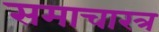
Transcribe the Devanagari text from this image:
समाचारत्र